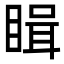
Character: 䁒